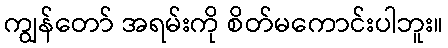
ကျွန်တော် အရမ်းကို စိတ်မကောင်းပါဘူး။